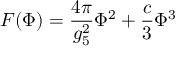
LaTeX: { \cal F } ( \Phi ) = \frac { 4 \pi } { g _ { 5 } ^ { 2 } } \Phi ^ { 2 } + \frac { c } { 3 } \Phi ^ { 3 }